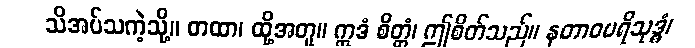
သိအပ်သကဲ့သို့။ တထာ၊ ထို့အတူ။ ဣဒံ စိတ္တံ၊ ဤစိတ်သည်။ နတာဝပရိသုဒ္ဓံ၊